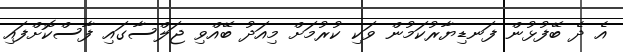
އެ ދެ ބޭފުޅުން ފަނޑިޔާރުކަމުން ވަކި ކުރުމަށް މިއަދު ބޭއްވި ޖަލްސާގައި ފާސްކޮށްފައި